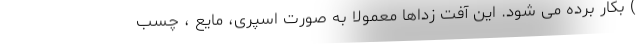
) بکار برده می شود. این آفت زداها معمولا به صورت اسپری، مایع ، چسب